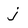
Character: j